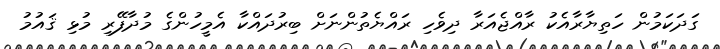
ގަދަކަމުން ހަތިޔާރާއެކު ރާއްޖެއަރާ ދިވެހި ރައްޔެތުންނަށް ބިރުދައްކާ އެމީހުންގެ މުދާފޭރި މުޅި ޤައުމު